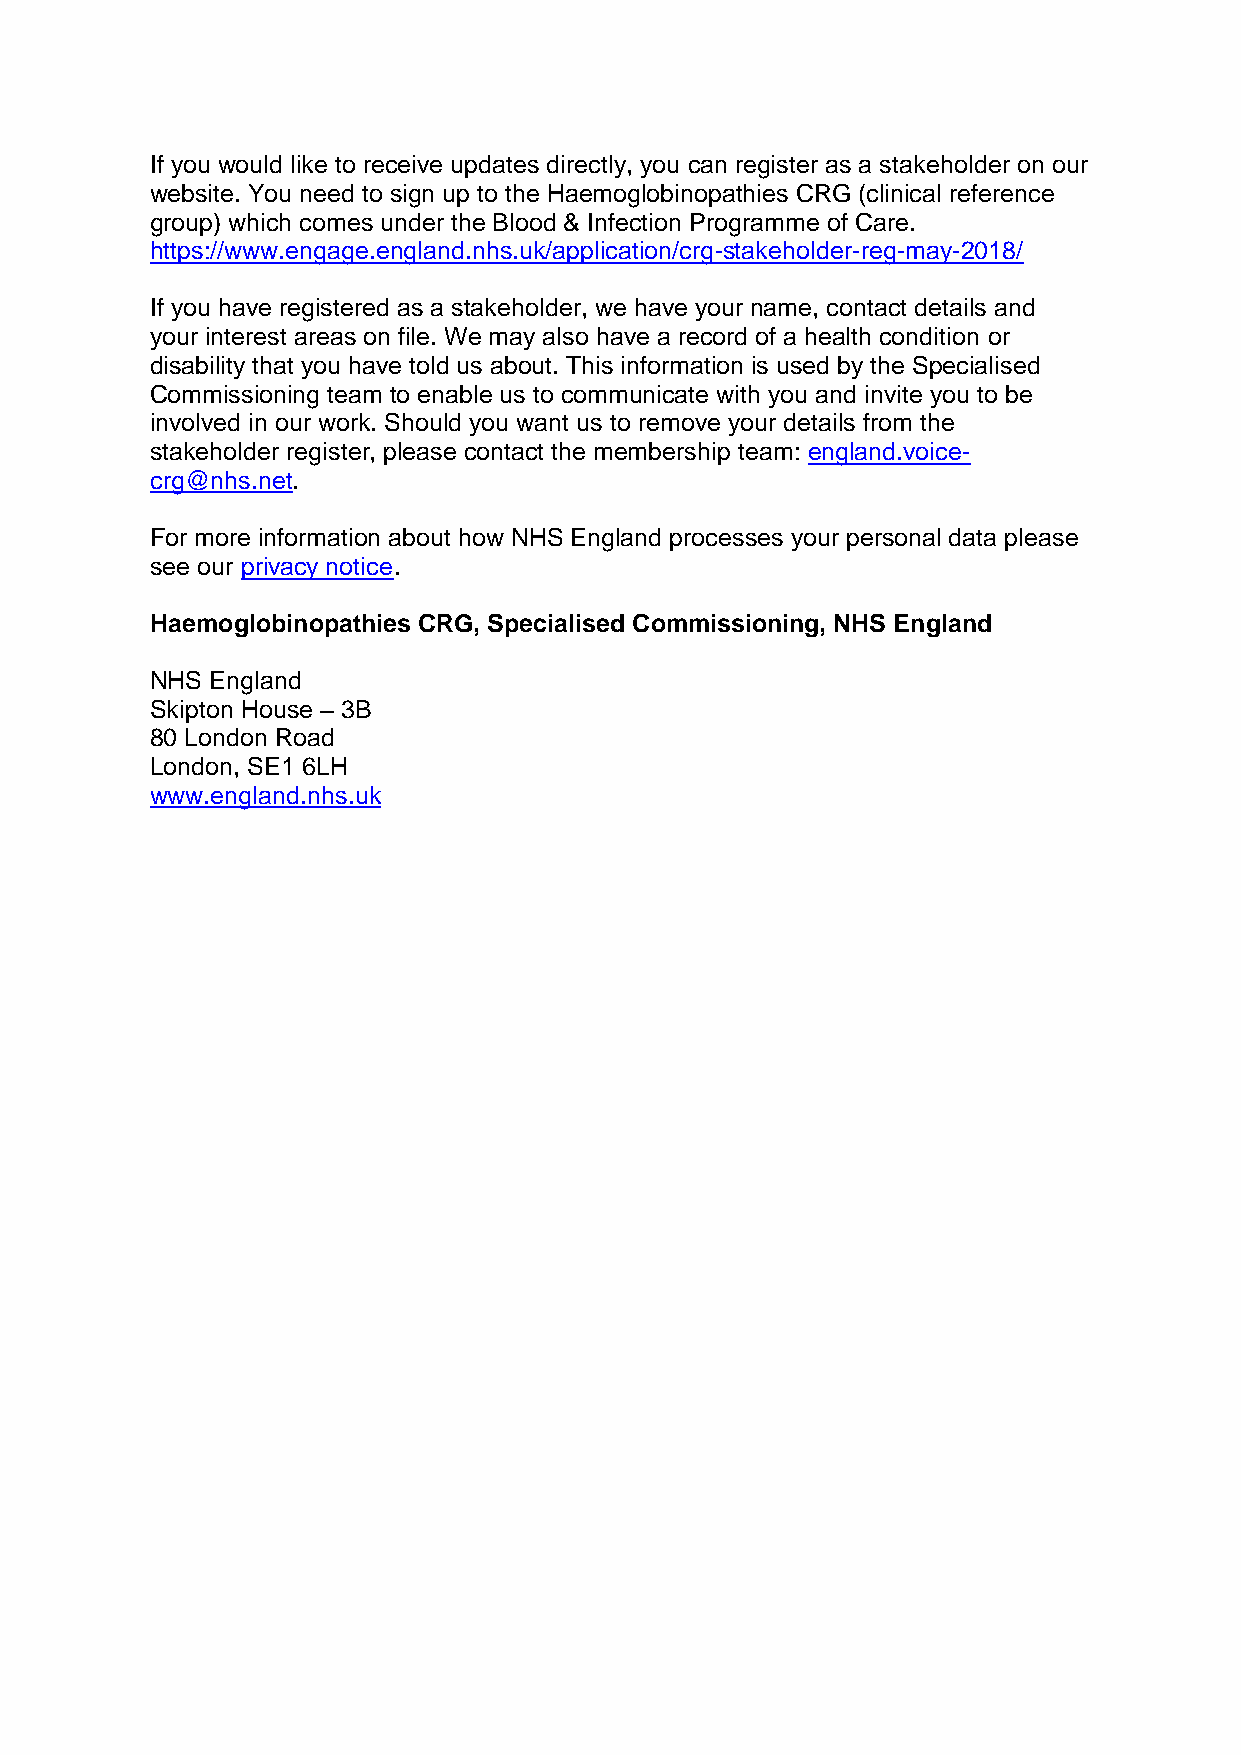
If you would like to receive updates directly, you can register as a stakeholder on our
 website. You need to sign up to the Haemoglobinopathies CRG (clinical reference
 group) which comes under the Blood & Infection Programme of Care.
 https://www.engage.england.nhs.uk/application/crg-stakeholder-reg-may-2018/
 If you have registered as a stakeholder, we have your name, contact details and
 your interest areas on file. We may also have a record of a health condition or
 disability that you have told us about. This information is used by the Specialised
 Commissioning team to enable us to communicate with you and invite you to be
 involved in our work. Should you want us to remove your details from the
 stakeholder register, please contact the membership team: england.voice-
 crg@nhs.net.
 For more information about how NHS England processes your personal data please
 see our privacy notice.
 Haemoglobinopathies CRG, Specialised Commissioning, NHS England
 NHS England
 Skipton House – 3B
 80 London Road
 London, SE1 6LH
 www.england.nhs.uk